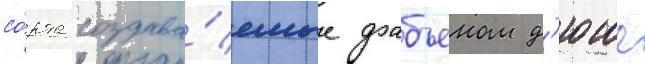
со́рта создава́емые фабьеном д'юше